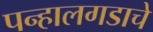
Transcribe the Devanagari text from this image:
पन्हालगडाचे